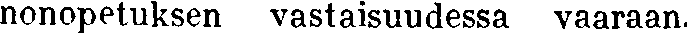
nonopetuksen vastaisuudessa vaaraan.